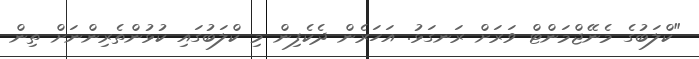
"ކްލަބުގެ މެނޭޖްމަންޓް ވަރަށް ރަނގަޅު. އަހަރެން ދެކެފިން މި ކްލަބުގައި ކުޅުންތެރިންނަށް ތިން